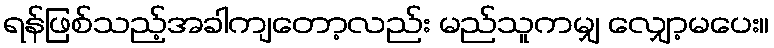
ရန်ဖြစ်သည့်အခါကျတော့လည်း မည်သူကမျှ လျှော့မပေး။